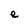
Character: e